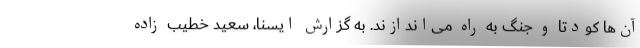
آن‌ها کودتا و جنگ به راه می‌اندازند. به گزارش ایسنا، سعید خطیب زاده